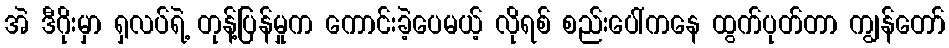
အဲ ဒီဂိုးမှာ ရှလပ်ရဲ့ တုန့်ပြန်မှုက ကောင်းခဲ့ပေမယ့် လိုရစ် စည်းပေါ်ကနေ ထွက်ပုတ်တာ ကျွန်တော်